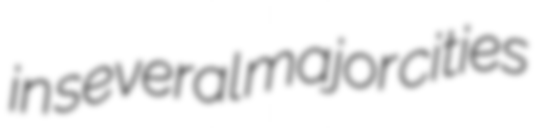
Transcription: in several major cities